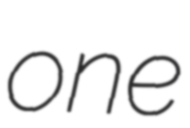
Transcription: one